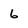
Character: 6